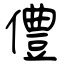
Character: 僼